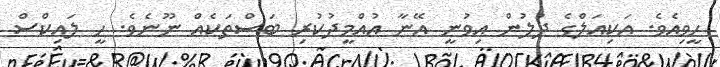
ހީވިއެވެ. އަކިއަލްގެ ދުލުން އިވުނީ އޭނާ އުއްމީދުކުރި ބަސްތަކެއް ނޫނެވެ. ހީ ލައިކްސް